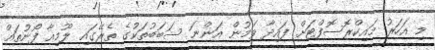
މި އަހަރު މައިކްރޮސޮފްޓަށް ފައިދާ ވަމުން އަންނަ ސަބަބުތަކުގެ ތެރޭގައި ލޫމިއާ ފޯނުތައް